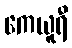
ကေယူရီ